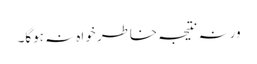
ورنہ نتیجہ خاطر خواہ نہ ہوگا۔